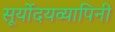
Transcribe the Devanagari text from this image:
सूर्योदयव्यापिनी